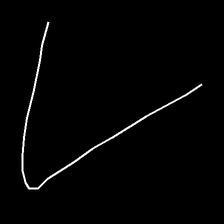
Glyph: region